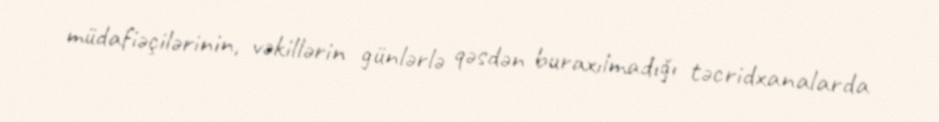
müdafiəçilərinin, vəkillərin günlərlə qəsdən buraxılmadığı təcridxanalarda